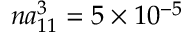
n a _ { 1 1 } ^ { 3 } = 5 \times 1 0 ^ { - 5 }